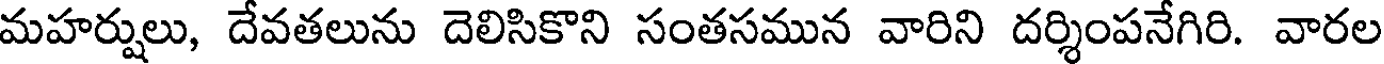
మహర్షులు, దేవతలును దెలిసికొని సంతసమున వారిని దర్శింపనేగిరి. వారల